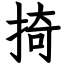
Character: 掎